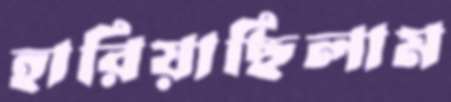
হারিয়াছিলাম